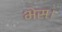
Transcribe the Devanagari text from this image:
भेस।